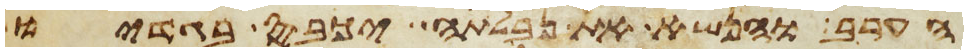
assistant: הערב והנשא את נבלתה יכבס בגדיו